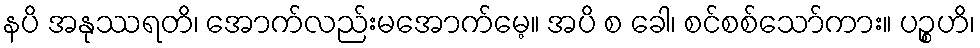
နပိ အနုဿရတိ၊ အောက်လည်းမအောက်မေ့။ အပိ စ ခေါ၊ စင်စစ်သော်ကား။ ပဉ္စဟိ၊